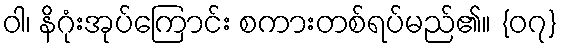
ဝါ၊ နိဂုံးအုပ်ကြောင်း စကားတစ်ရပ်မည်၏။ {၀၇}